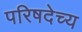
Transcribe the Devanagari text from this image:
परिषदेच्य